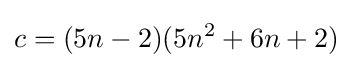
c=(5n-2)(5n^{2}+6n+2)